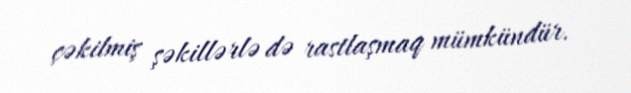
çəkilmiş şəkillərlə də rastlaşmaq mümkündür.